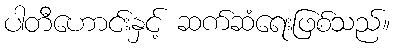
ပါတီဟောင်းနှင့် ဆက်ဆံရေးဖြစ်သည်။